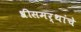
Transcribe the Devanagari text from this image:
श्रीसमर्थांचे